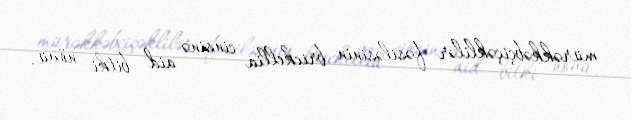
mürəkkəbçiçəklilər fəsiləsinin brickellia cinsinə aid bitki növü.